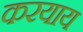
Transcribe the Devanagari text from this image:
करयाय